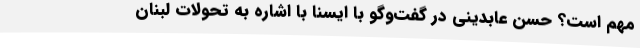
مهم است؟ حسن عابدینی در گفت‌وگو با ایسنا با اشاره به تحولات لبنان‌